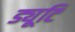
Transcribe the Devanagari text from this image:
ड्यूटि